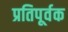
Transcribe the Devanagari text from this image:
प्रतिपूर्वक